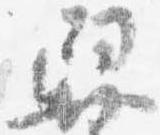
舁